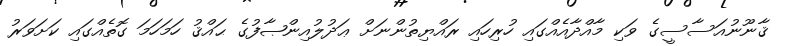
ޤާނޫނުއަސާސީގެ ވަކި މާއްދާއެއްގައި ހުރިހައި ރައްޔިތުންނަށް ޢަދުލުއިންޞާފުގެ ޙައްޤު ހަމަހަމަ ގޮތެއްގައި ކަށަވަރު